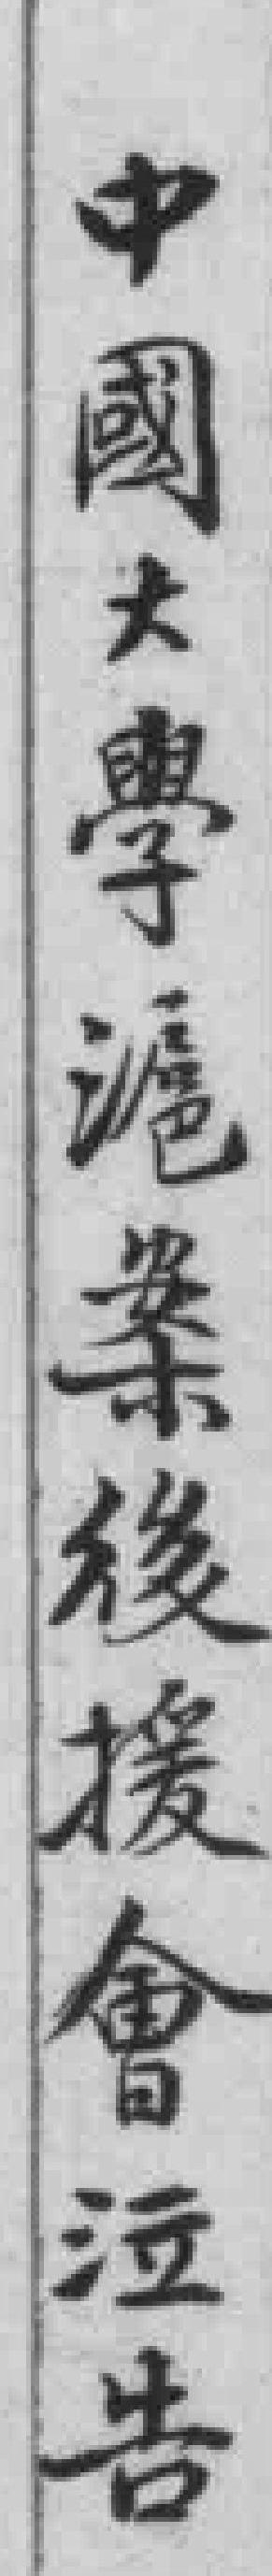
中國大學滬案後援會泣告